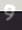
و